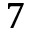
7